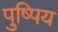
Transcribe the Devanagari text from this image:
पुष्पिय